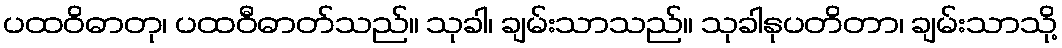
ပထဝိဓာတု၊ ပထဝီဓာတ်သည်။ သုခါ၊ ချမ်းသာသည်။ သုခါနုပတိတာ၊ ချမ်းသာသို့